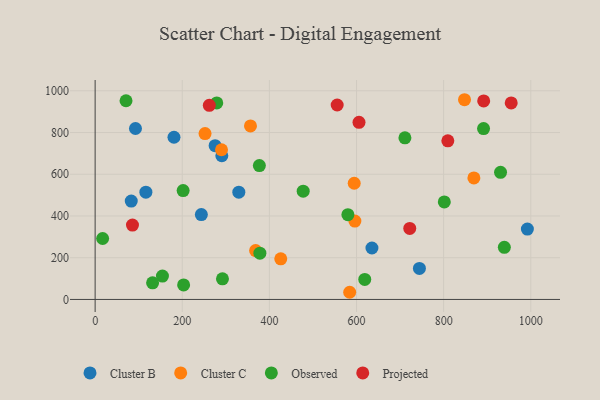
{"axis": {"x": "Ad Spend", "y": "Rating"}, "legend": ["Cluster B", "Cluster C", "Observed", "Projected"], "data": [{"x": "329.8", "y": 514.2, "type": "Cluster B"}, {"x": "82.9", "y": 471.5, "type": "Cluster B"}, {"x": "116.5", "y": 514.1, "type": "Cluster B"}, {"x": "635.4", "y": 246.5, "type": "Cluster B"}, {"x": "243.8", "y": 406.7, "type": "Cluster B"}, {"x": "181.0", "y": 777.3, "type": "Cluster B"}, {"x": "92.6", "y": 819.3, "type": "Cluster B"}, {"x": "744.4", "y": 148.7, "type": "Cluster B"}, {"x": "992.2", "y": 337.4, "type": "Cluster B"}, {"x": "290.8", "y": 688.6, "type": "Cluster B"}, {"x": "275.4", "y": 736.8, "type": "Cluster B"}, {"x": "252.3", "y": 795.2, "type": "Cluster C"}, {"x": "290.1", "y": 717.4, "type": "Cluster C"}, {"x": "847.9", "y": 957.2, "type": "Cluster C"}, {"x": "584.3", "y": 34.4, "type": "Cluster C"}, {"x": "594.7", "y": 557.0, "type": "Cluster C"}, {"x": "426.1", "y": 194.6, "type": "Cluster C"}, {"x": "368.4", "y": 234.1, "type": "Cluster C"}, {"x": "869.4", "y": 582.5, "type": "Cluster C"}, {"x": "356.6", "y": 831.4, "type": "Cluster C"}, {"x": "596.2", "y": 375.6, "type": "Cluster C"}, {"x": "292.3", "y": 98.9, "type": "Observed"}, {"x": "618.9", "y": 95.8, "type": "Observed"}, {"x": "378.2", "y": 221.9, "type": "Observed"}, {"x": "202.0", "y": 521.6, "type": "Observed"}, {"x": "279.2", "y": 942.1, "type": "Observed"}, {"x": "154.5", "y": 112.0, "type": "Observed"}, {"x": "377.0", "y": 641.6, "type": "Observed"}, {"x": "801.5", "y": 467.3, "type": "Observed"}, {"x": "70.9", "y": 952.4, "type": "Observed"}, {"x": "580.2", "y": 406.5, "type": "Observed"}, {"x": "131.9", "y": 79.5, "type": "Observed"}, {"x": "930.6", "y": 609.3, "type": "Observed"}, {"x": "711.1", "y": 774.5, "type": "Observed"}, {"x": "17.2", "y": 292.1, "type": "Observed"}, {"x": "891.6", "y": 818.9, "type": "Observed"}, {"x": "939.3", "y": 249.9, "type": "Observed"}, {"x": "477.6", "y": 518.9, "type": "Observed"}, {"x": "203.1", "y": 69.8, "type": "Observed"}, {"x": "722.2", "y": 340.3, "type": "Projected"}, {"x": "891.9", "y": 951.4, "type": "Projected"}, {"x": "605.7", "y": 849.1, "type": "Projected"}, {"x": "955.1", "y": 942.0, "type": "Projected"}, {"x": "809.6", "y": 760.2, "type": "Projected"}, {"x": "262.1", "y": 930.2, "type": "Projected"}, {"x": "555.6", "y": 931.8, "type": "Projected"}, {"x": "85.7", "y": 356.4, "type": "Projected"}]}